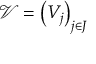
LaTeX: { \mathcal { V } } = \left( V _ { j } \right) _ { j \in J }